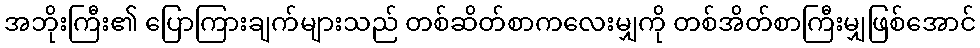
အဘိုးကြီး၏ ပြောကြားချက်များသည် တစ်ဆိတ်စာကလေးမျှကို တစ်အိတ်စာကြီးမျှဖြစ်အောင်